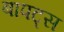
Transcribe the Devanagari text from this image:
बापट्स